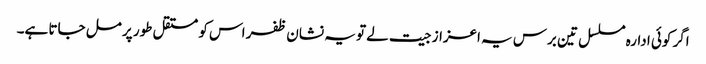
اگر کوئی ادارہ مسلسل تین برس یہ اعزاز جیت لے تو یہ نشان ظفر اس کو مستقل طور پر مل جاتا ہے۔